Report on vaccination in Madras 1922-1929 - 1922-1929
Year: 1922
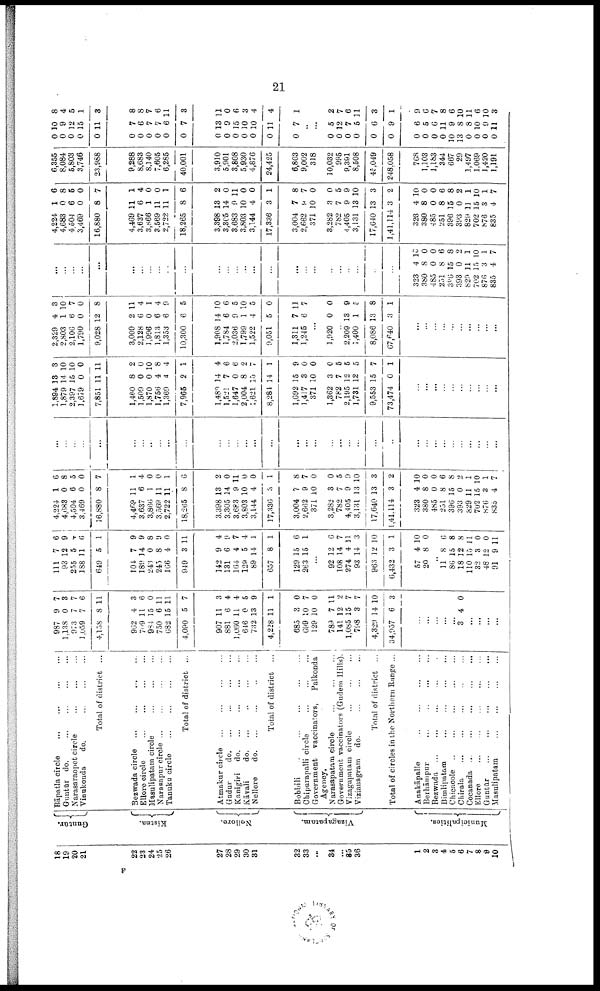
21
18
19
20
21
22
23
24
25
26
27
28
29
30
31
32
33
...
34
35
35
36
1
2
3
4
5
6
7
8
9
10
Guntūr.
Kistna.
Nellore.
Vizagapatam.
Municipalities.
Bāpatla circle... ... ...
Guntūr do. ...
...
...
...
Narasaraopet
circle...
...
...
...
Vinukonda
do.
...
...
...
Total of district ...
Bezwada
circle...
...
...
Ellore circle... ... ...
Masulipatam
circle...
...
...
Narasapur circle... ... ...
Tanuku
circle...
...
...
Total of district ...
Atmakur
circle...
...
...
Gudur
do. ... ...
Kanigiri
d
o
. ... ... ...
Kāvali do.... ... ...
Nellore
do.
...
...
Total of district ...
Bobbili...
...
...
...
Chipurapalli
circle...
...
...
Government
vaccinators,
Palkonda
Agency.
Narasapatam
circle...
...
...
Government vaccinators (Gudem Hills).
Vizagapatam circle... ... ...
Vizianagram
do.
...
...
...
Total of district ...
Total of circles in the Northern Range ...
Anakāpalle...
...
...
Berhāmpur...
...
...
Bezwada... ... ...
Bimlipatam... ... ...
Chicacole... ... ...
Chirala... ... ...
Cocanada ...
...
...
...
...
Ellore...
...
...
...
Guntūr...
...
...
...
Masulipatam...
...
...
987
1,138
973
1,059
4,158
962
709
984
750
682
4,090
907
881
1,060
646
732
4,228
685
699
129
789
141
1,085
798
4,329
34,957
9
0
7
7
8
4
11
15
6
15
5
11
6
11
0
13
11
3
10
10
7
12
15
3
14
6
7
3
7
6
11
3
6
0
11
11
7
3
4
4
5
9
1
0
7
0
11
2
7
7
10
3
...
...
...
...
...
3 4 0
...
...
...
...
111
93
255
188
649
104
189
243
245
166
949
142
131
164
129
89
657
129
263
7
12
5
11
5
7
14
0
8
4
3
9
6
4
5
14
8
15
15
6
9
4
6
1
9
9
8
9
0
11
4
9
7
4
1
1
6
1
...
92
108
274
93
963
6,432
57
20
12
14
4
14
12
3
4
8
6
7
11
3
10
1
10
0
...
11
86
18
110
32
48
91
8
15
12
15
3
12
9
6
8
8
11
0
0
11
4,224
4,683
4,504
3,469
16,880
4,469
3,637
3,866
3,569
2,722
18,265
3,398
3,305
3,683
3,803
3,144
17,336
3,004
2,662
371
3,282
782
4,405
3,131
17,640
1,41,114
323
380
485
251
396
393
829
702
876
835
1
0
6
0
8
11
6
1
11
11
8
13
14
9
10
4
3
7
9
10
3
7
9
13
13
3
4
8
0
8
15
0
11
15
3
4
6
8
5
0
7
1
4
0
0
1
6
2
0
11
0
0
1
8
7
0
0
5
9
10
3
2
10
0
0
6
8
2
1
10
1
7
...
...
...
...
...
...
...
...
...
...
...
...
...
...
...
...
...
...
...
...
...
...
...
...
...
...
...
...
...
...
...
...
...
...
...
...
1,894
1,879
2,397
1,679
7,851
1,460
1,509
1,870
1,756
1,369
7,965
1,480
1,521
1,647
2,004
1,621
8,284
1,692
1,417
371
1,362
782
2,195
1,731
9,553
73,474
13
14
16
0
11
8
0
0
4
4
2
14
7
0
8
15
14
15
3
10
3
7
12
12
15
0
3
10
10
0
11
2
0
10
8
4
1
4
6
6
2
7
1
9
0
0
0
5
5
5
7
1
...
...
...
...
...
...
...
...
...
...
2,329
2,803
2,106
1,790
9,028
3,009
2,128
1,996
1,813
1,353
10,300
1,908
1,784
2,036
1,799
1,522
9,051
1,311
1,245
4
1
6
0
12
2
6
0
6
6
6
14
6
9
1
4
5
7
6
3
10
7
0
8
11
4
1
4
9
5
10
6
5
10
5
0
11
7
...
1,920 0 0
...
2,209
1,400
8,086
67,640
13
1
13
3
9
5
8
1
...
...
...
...
...
...
...
...
...
...
...
...
...
...
...
...
...
...
...
...
...
...
...
...
...
...
...
...
...
...
...
...
...
...
...
...
323
380
485
251
386
393
829
702
876
835
4
8
0
8
15
0
11
15
3
4
10
0
0
6
8
2
1
10
1
7
4,224
4,683
4,504
3,469
16,880
4,469
3,637
3,866
3,569
2,722
18,265
3,398
3,305
3,683
3,803
3,144
17,336
3,004
2,662
371
3,282
782
4,405
3,131
17,640
1,41,114
323
380
485
251
396
393
829
702
876
835
1
0
6
0
8
11
6
1
11
11
8
13
14
9
10
4
3
7
9
10
3
7
9
13
13
3
4
8
0
8
15
0
11
15
3
4
6
8
5
0
7
1
4
0
0
1
6
2
0
11
0
0
1
8
7
0
0
5
9
10
3
2
10
0
0
6
8
2
1
10
1
7
6,355
8,084
5,803
3,746
23,988
9,288
8,683
8,140
7,605
6,285
40,001
3,910
5,901
3,808
5,930
4,876
24,425
6,803
9,002
318
10,032
995
9,391
8,508
45,049
248,058
768
1,103
1,183
344
667
29
1,497
1,069
1,420
1,191
0
0
0
0
0
0
0
0
0
0
0
0
0
0
0
0
0
0
10
9
12
15
11
7
6
7
7
6
7
13
9
15
10
10
11
7
8
4
5
1
3
8
8
7
6
11
3
11
0
6
3
4
4
1
..
...
0
0
0
0
0
0
0
0
0
0
10
13
0
0
0
0
5
12
7
6
6
9
6
5
6
11
9
8
8
10
9
11
2
7
6
11
3
1
9
6
7
8
6
10
11
6
10
3
F